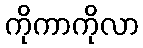
ကိုကာကိုလာ